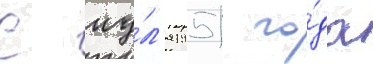
С иу́л'я 1951 го́да